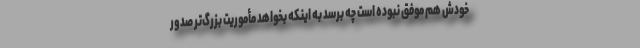
خودش هم موفق نبوده است چه برسد به اینکه بخواهد مأموریت بزرگ‌تر صدور